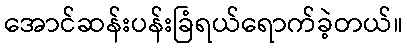
အောင်ဆန်းပန်းခြံရယ်ရောက်ခဲ့တယ်။